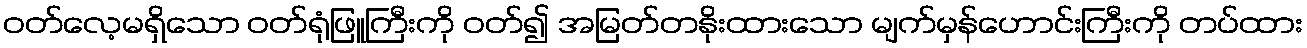
ဝတ်လေ့မရှိသော ဝတ်ရုံဖြူကြီးကို ဝတ်၍ အမြတ်တနိုးထားသော မျက်မှန်ဟောင်းကြီးကို တပ်ထား